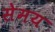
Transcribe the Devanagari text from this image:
सेमय